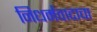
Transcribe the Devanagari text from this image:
निधर्मवादाचा